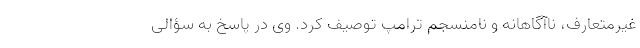
غیرمتعارف، ناآگاهانه و نامنسجم ترامپ توصیف کرد. وی در پاسخ به سؤالی